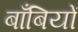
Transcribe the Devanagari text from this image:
बाँबियों